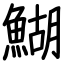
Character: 鰗